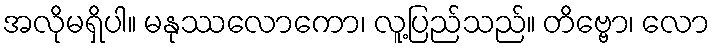
အလိုမရှိပါ။ မနုဿလောကော၊ လူ့ပြည်သည်။ တိဗ္ဗော၊ လော